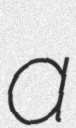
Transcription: a